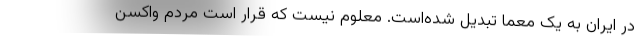
در ایران به یک معما تبدیل شده‌است. معلوم نیست که قرار است مردم واکسن